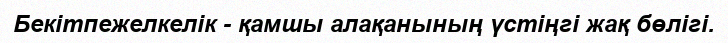
Бекітпежелкелік - қамшы алақанының үстіңгі жақ бөлігі.